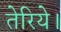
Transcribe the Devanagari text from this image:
तेरिये।